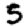
Digit: 5